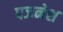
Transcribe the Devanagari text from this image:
पजनेश